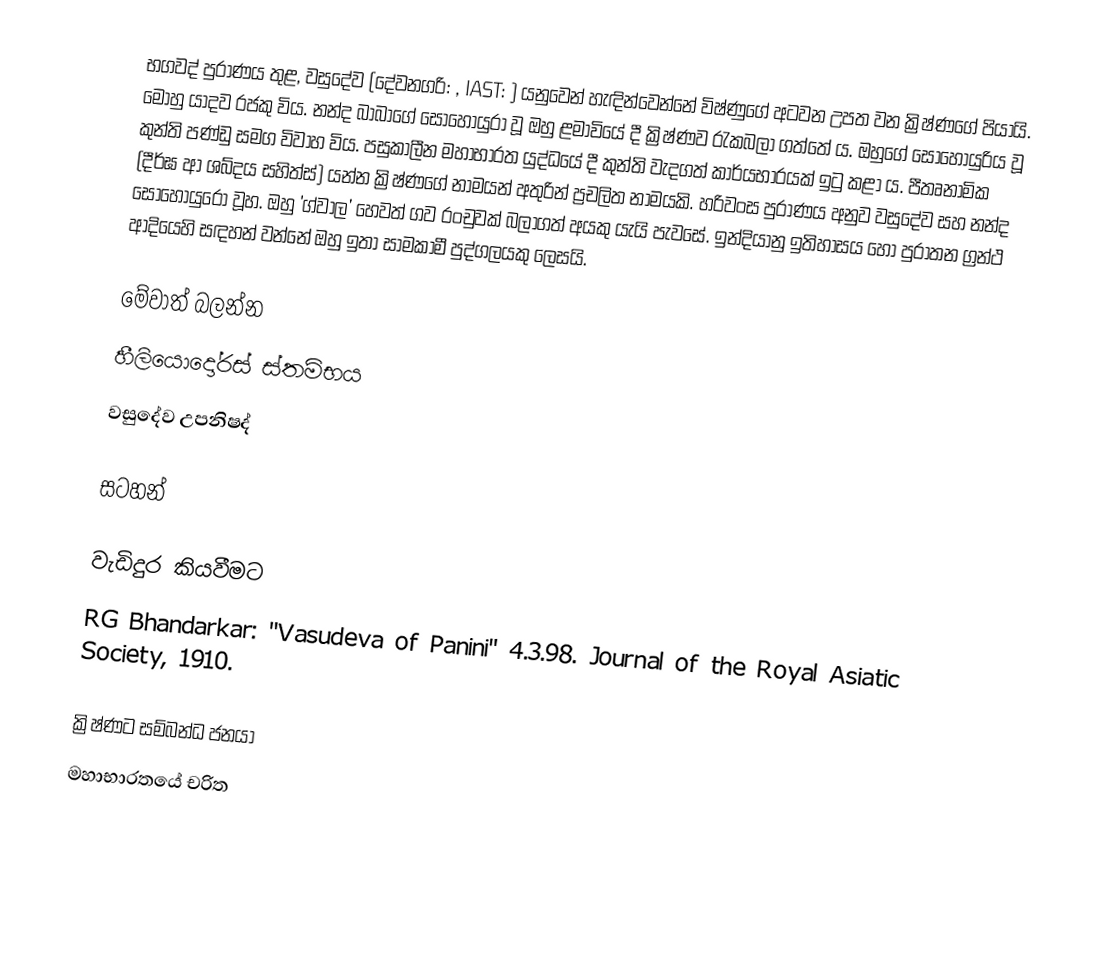
භගවද් පුරාණය තුළ, වසුදේව (දේවනගරි: , IAST: ) යනුවෙන් හැඳින්වෙන්නේ විෂ්ණුගේ අටවන උපත වන ක්‍රිෂ්ණගේ පියායි. මොහු යාදව රජකු විය. නන්ද බාබාගේ සොහොයුරා වූ ඔහු ළමාවියේ දී ක්‍රිෂ්ණව රැකබලා ගත්තේ ය. ඔහුගේ සොහොයුරිය වූ කුන්ති පණ්ඩු සමග විවාහ විය. පසුකාලීන මහාභාරත යුද්ධයේ දී කුන්ති වැදගත් කාර්යභාරයක් ඉටු කළා ය. පීතෘනාමික  (දීර්ඝ ආ ශබ්දය සහිත්ස්) ‍යන්න ක්‍රිෂ්ණගේ නාමයන් අතුරින් ප්‍රචලිත නාමයකි. හරිවංස පුරාණය අනුව වසුදේව සහ නන්ද සොහොයුරෝ වූහ. ඔහු 'ග්වාල' හෙවත් ගව රංචුවක් බලාගත් අයකු යැයි පැවසේ. ඉන්දියානු ඉතිහාසය හෝ පුරාතන ග්‍රන්ථ ආදියෙහි සඳහන් වන්නේ ඔහු ඉතා සාමකාමී පුද්ගලයකු ලෙසයි.

මේවාත් බලන්න
හීලියොදෝරස් ස්තම්භය
වසුදේව උපනිෂද්

සටහන්

වැඩිදුර කියවීමට
RG Bhandarkar: "Vasudeva of Panini" 4.3.98. Journal of the Royal Asiatic Society, 1910.

ක්‍රිෂ්ණට සම්බන්ධ ජනයා
මහාභාරතයේ චරිත